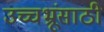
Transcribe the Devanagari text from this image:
उच्चभ्रूंसाठी